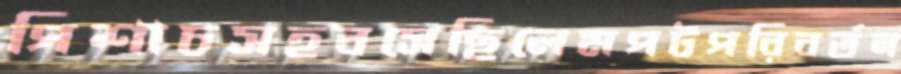
পিশাচসহবসেছিলেমপটপরিবর্তন